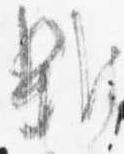
雑